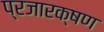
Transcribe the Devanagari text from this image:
प्रजारक्षण